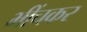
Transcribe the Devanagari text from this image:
भींचकर